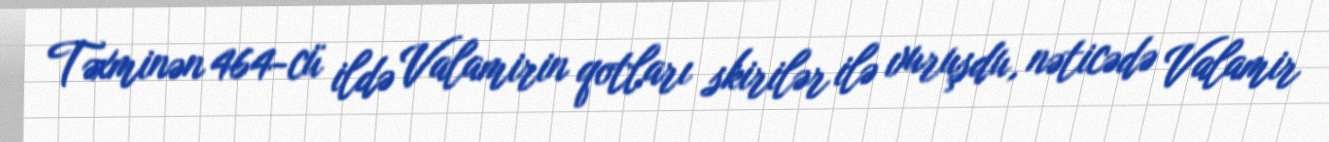
Təxminən 464-cü ildə Valamirin qotları skirilər ilə vuruşdu, nəticədə Valamir